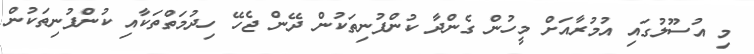
މި އުސޫލުގައި އުމުރާއަށް މީހުން ގެންދާ ކުންފުނިތަކުން ދޭން ޖެހޭ ހިދުމަތްތަކާއި ކުންފުނިތަކުން